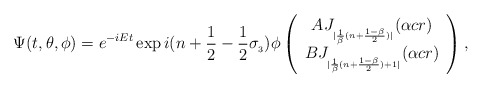
\begin{align*}\Psi(t,\theta,\phi)=e^{-iEt}\exp{i(n+\frac{1}{2}-\frac{1}{2}\sigma_{_{3}})\phi}\left ( \begin{array}{c}AJ_{_{|\frac{1}{\beta}(n+\frac{1-\beta}{2})|}}(\alpha cr) \\BJ_{_{|\frac{1}{\beta}(n+\frac{1-\beta}{2})+1|}}(\alpha cr) \end{array}\right ),\end{align*}